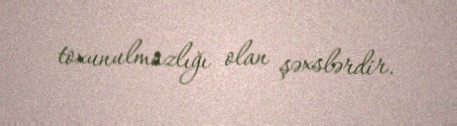
toxunulmazlığı olan şəxslərdir.